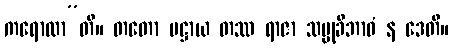
ကရောထာ”တိ။ တတော ပဋ္ဌာယ တဿ ရာဇာ သမ္မုခီဘာဝံ န ဒေတိ။